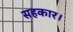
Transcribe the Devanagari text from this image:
सहकार।